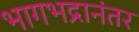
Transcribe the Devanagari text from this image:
भागभद्रानंतर